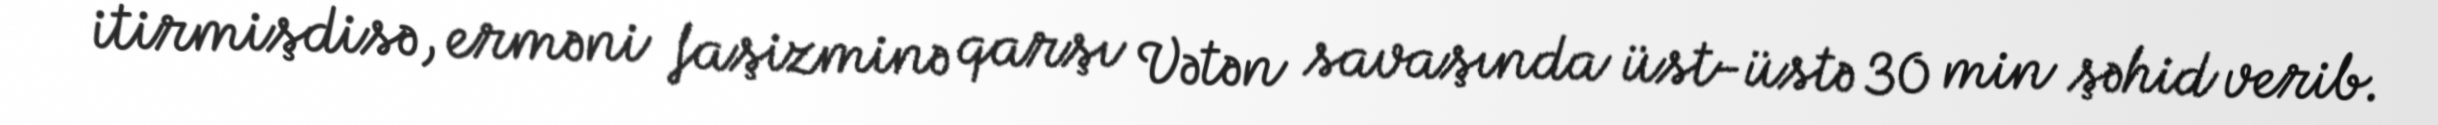
itirmişdisə, erməni faşizminə qarşı Vətən savaşında üst-üstə 30 min şəhid verib.